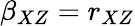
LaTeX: \beta_{XZ}=r_{XZ}